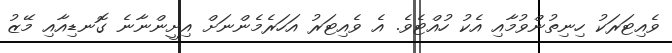
ވެއިޓަރަކު ހިނިތުންވުމާއި އެކު ހުއްޓެވެ. އެ ވެއިޓަރު އަހަރެމެންނަށް އިށީންނާނެ ގޮނޑިއާއި މޭޒު